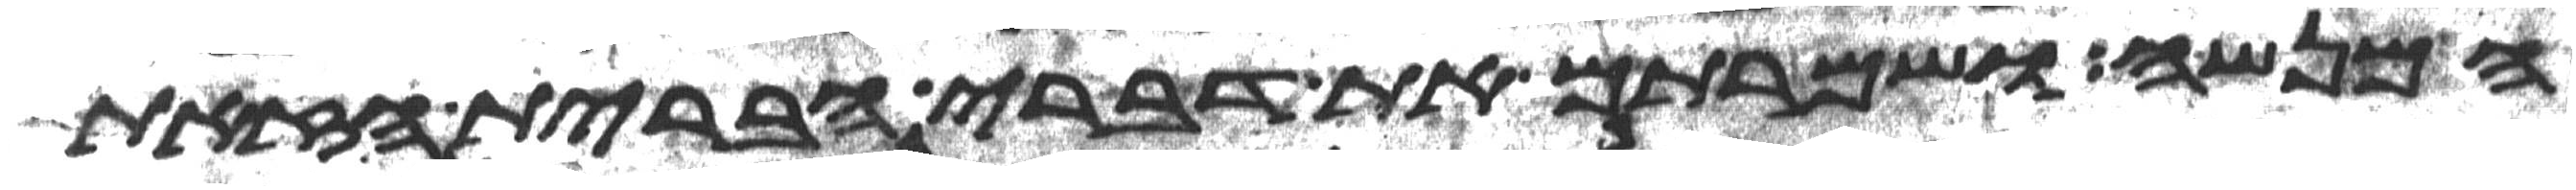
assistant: המנשה ושמרתם את דברי הברית הזאת